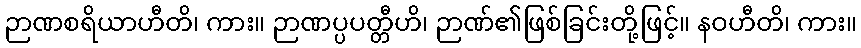
ဉာဏစရိယာဟီတိ၊ ကား။ ဉာဏပ္ပပတ္တီဟိ၊ ဉာဏ်၏ဖြစ်ခြင်းတို့ဖြင့်။ နဝဟီတိ၊ ကား။